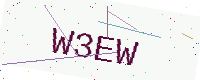
Text: W3EW